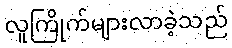
လူကြိုက်များလာခဲ့သည်